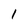
Character: I